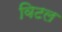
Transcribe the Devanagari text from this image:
विटल